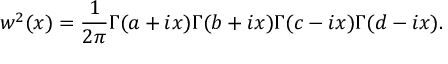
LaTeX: w ^ { 2 } ( x ) = { \frac { 1 } { 2 \pi } } \Gamma ( a + i x ) \Gamma ( b + i x ) \Gamma ( c - i x ) \Gamma ( d - i x ) .